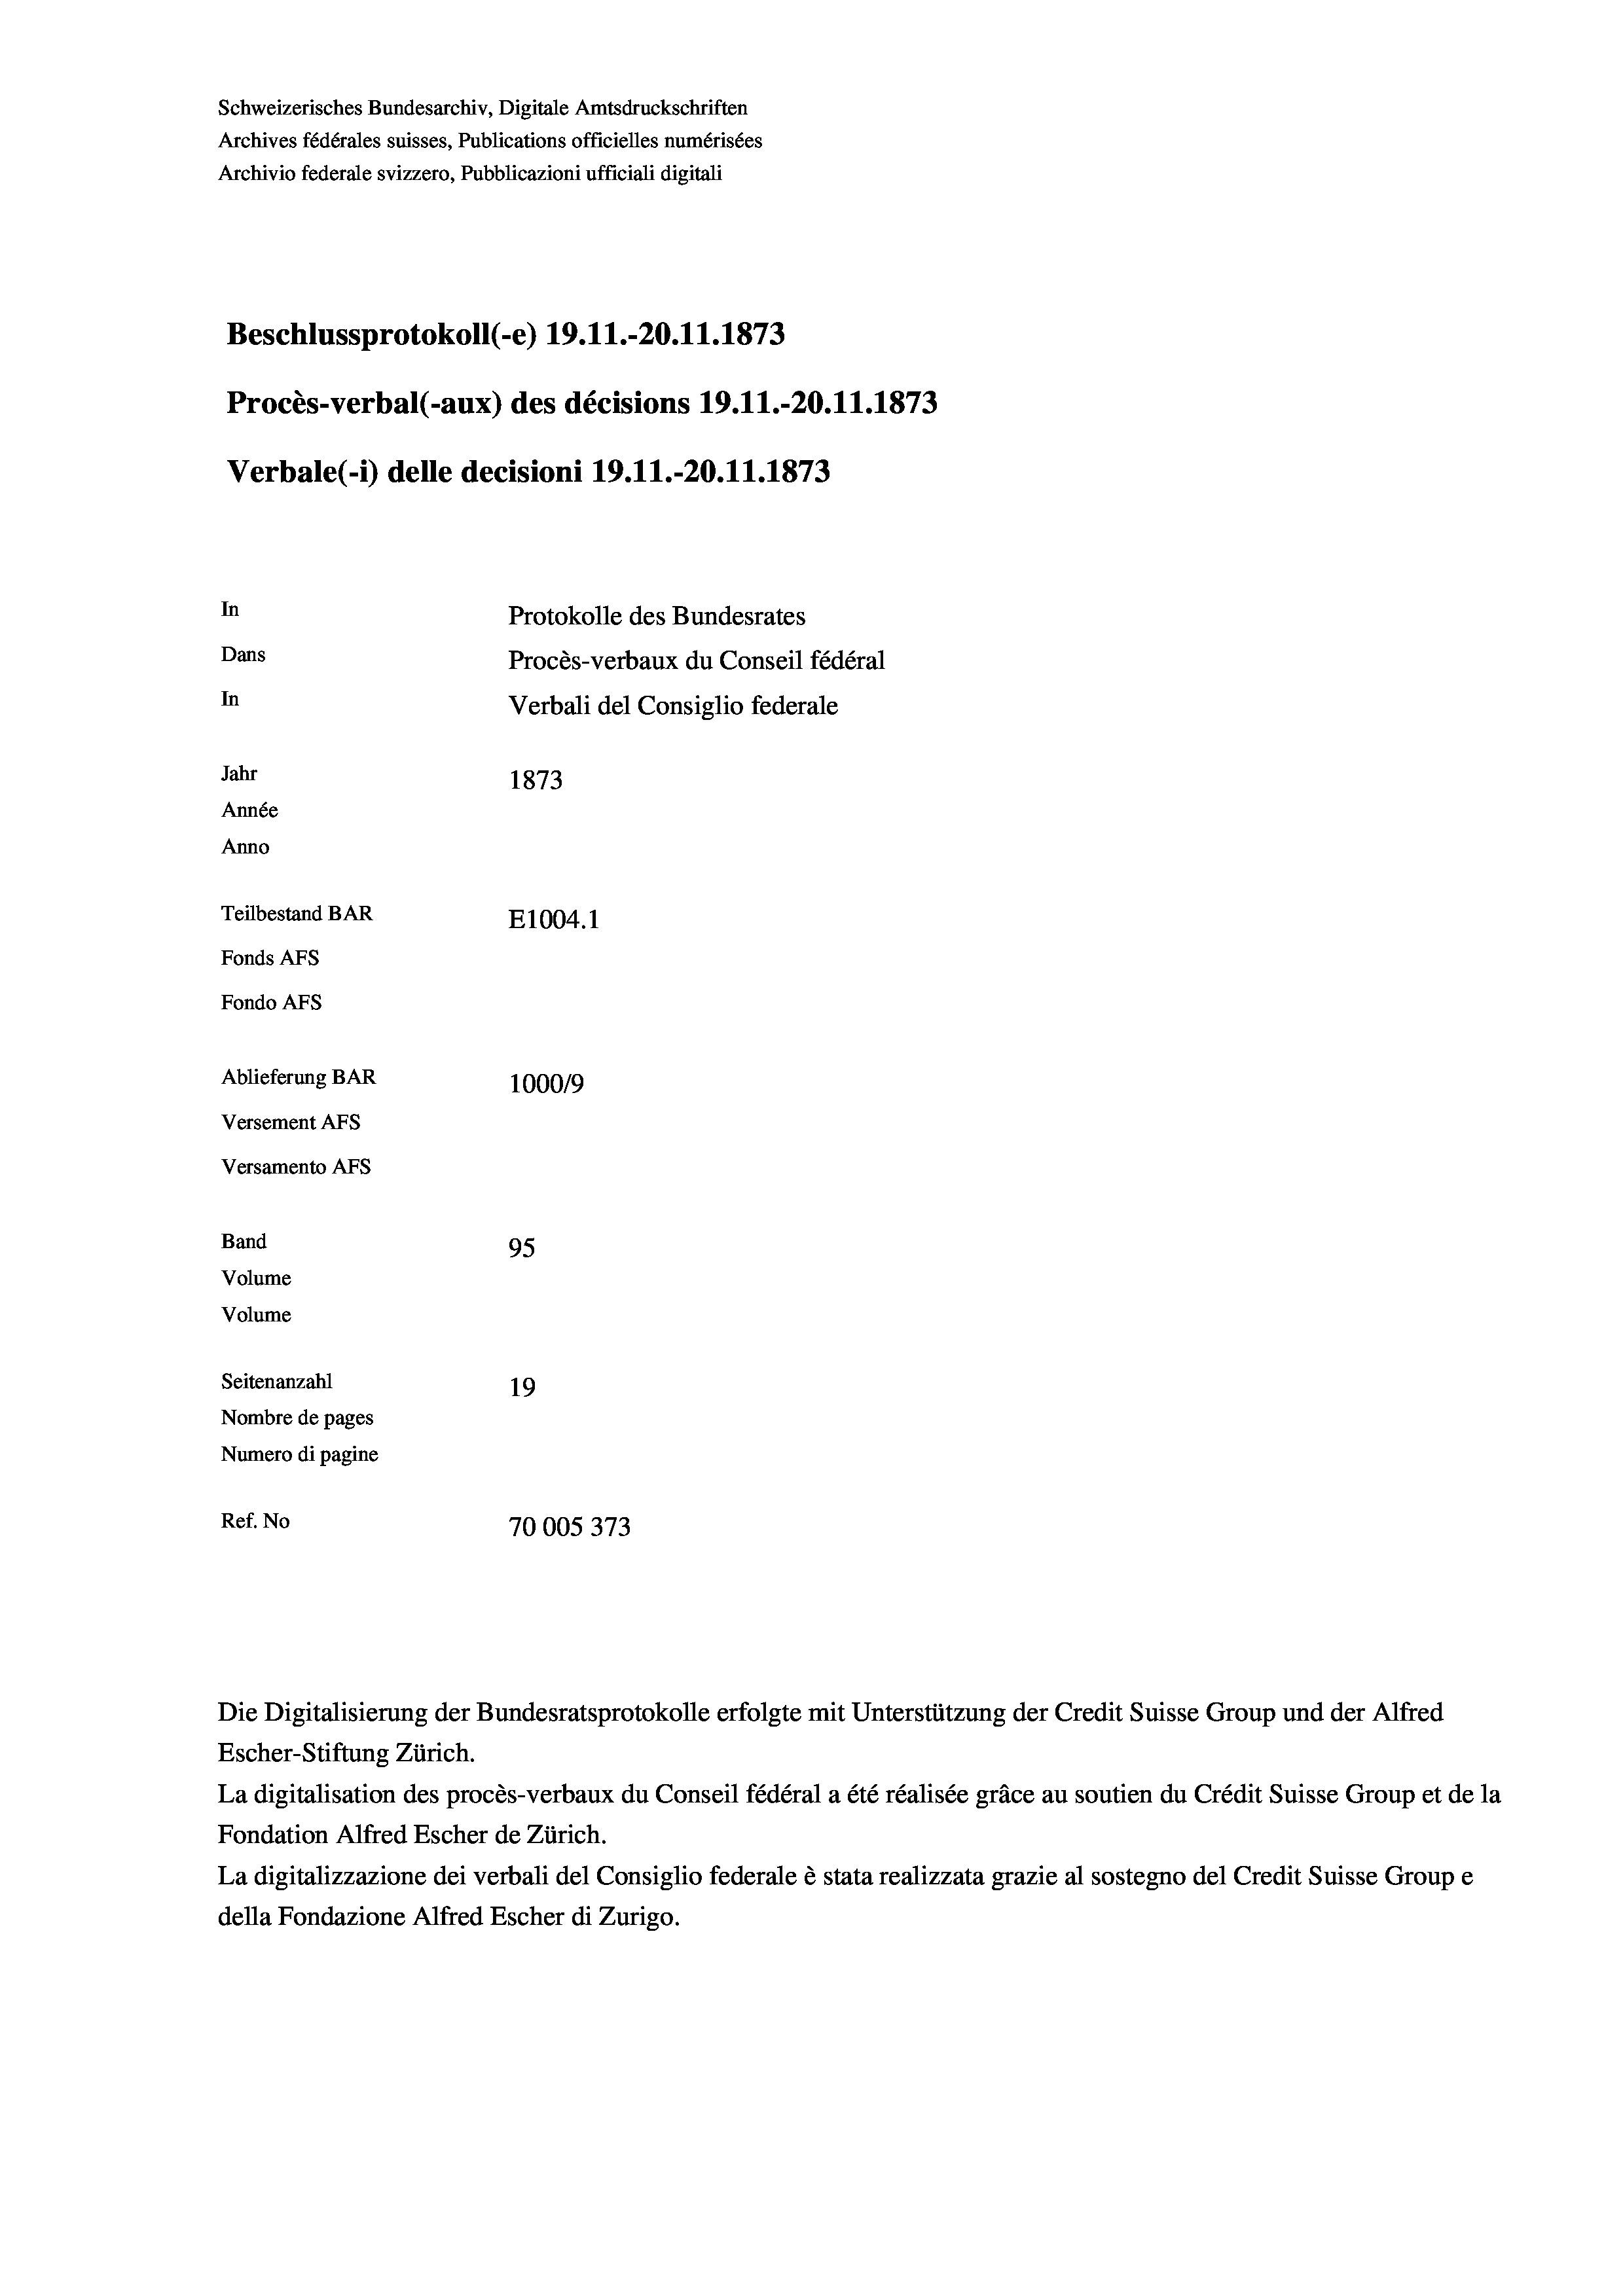
Schweizerisches Bundesarchiv, Digitale Amtsdruckschriften
Archives fédérales suisses, Publications officielles numérisées
Archivio federale svizzero, Pubblicazioni ufficiali digitali
Beschlussprotokoll (-e) 19.11.-20.11.1873
Procès-verbal (-aux) des décisions 19.11.-20.11.1873
Verbale(-*) delle decisioni 19. 11.-20.11.1873
In
Protokolle des Bundesrates
Dans
Procès-verbaux du Conseil fédéral
In
Verbali del Consiglio federale
Jahr
1873
Année
Anno
Teilbestand BAR
E1004. 1
Fonds Afs
Fondo AFs
Ablieferung BAR
100019
Versement AFs
Versamento AFs

95
Seitenanzahl
19
Nombre de pages
Numero di pagine
Ref. No
70005373

Band
Volume
Volume

Escher-Stiftung Zürich.
La digitalisation des procès-verbaux du Conseil fédéral a été réalisée gräce au soutien du Crédit Suisse Group et de la
Fondation Alfred Escher de Zürich.
La digitalizzazione dei verbali del Consiglio federale è stata realizzata grazie al sostegno del Credit Suisse Groupe
della Fondazione Alfred Escher di Zurigo.

Die Digitalisierung der Bundesratsprotokolle erfolgte mit Unterstützung der Credit Suisse Group und der Alfred